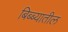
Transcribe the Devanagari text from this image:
बिब्ब्यातील